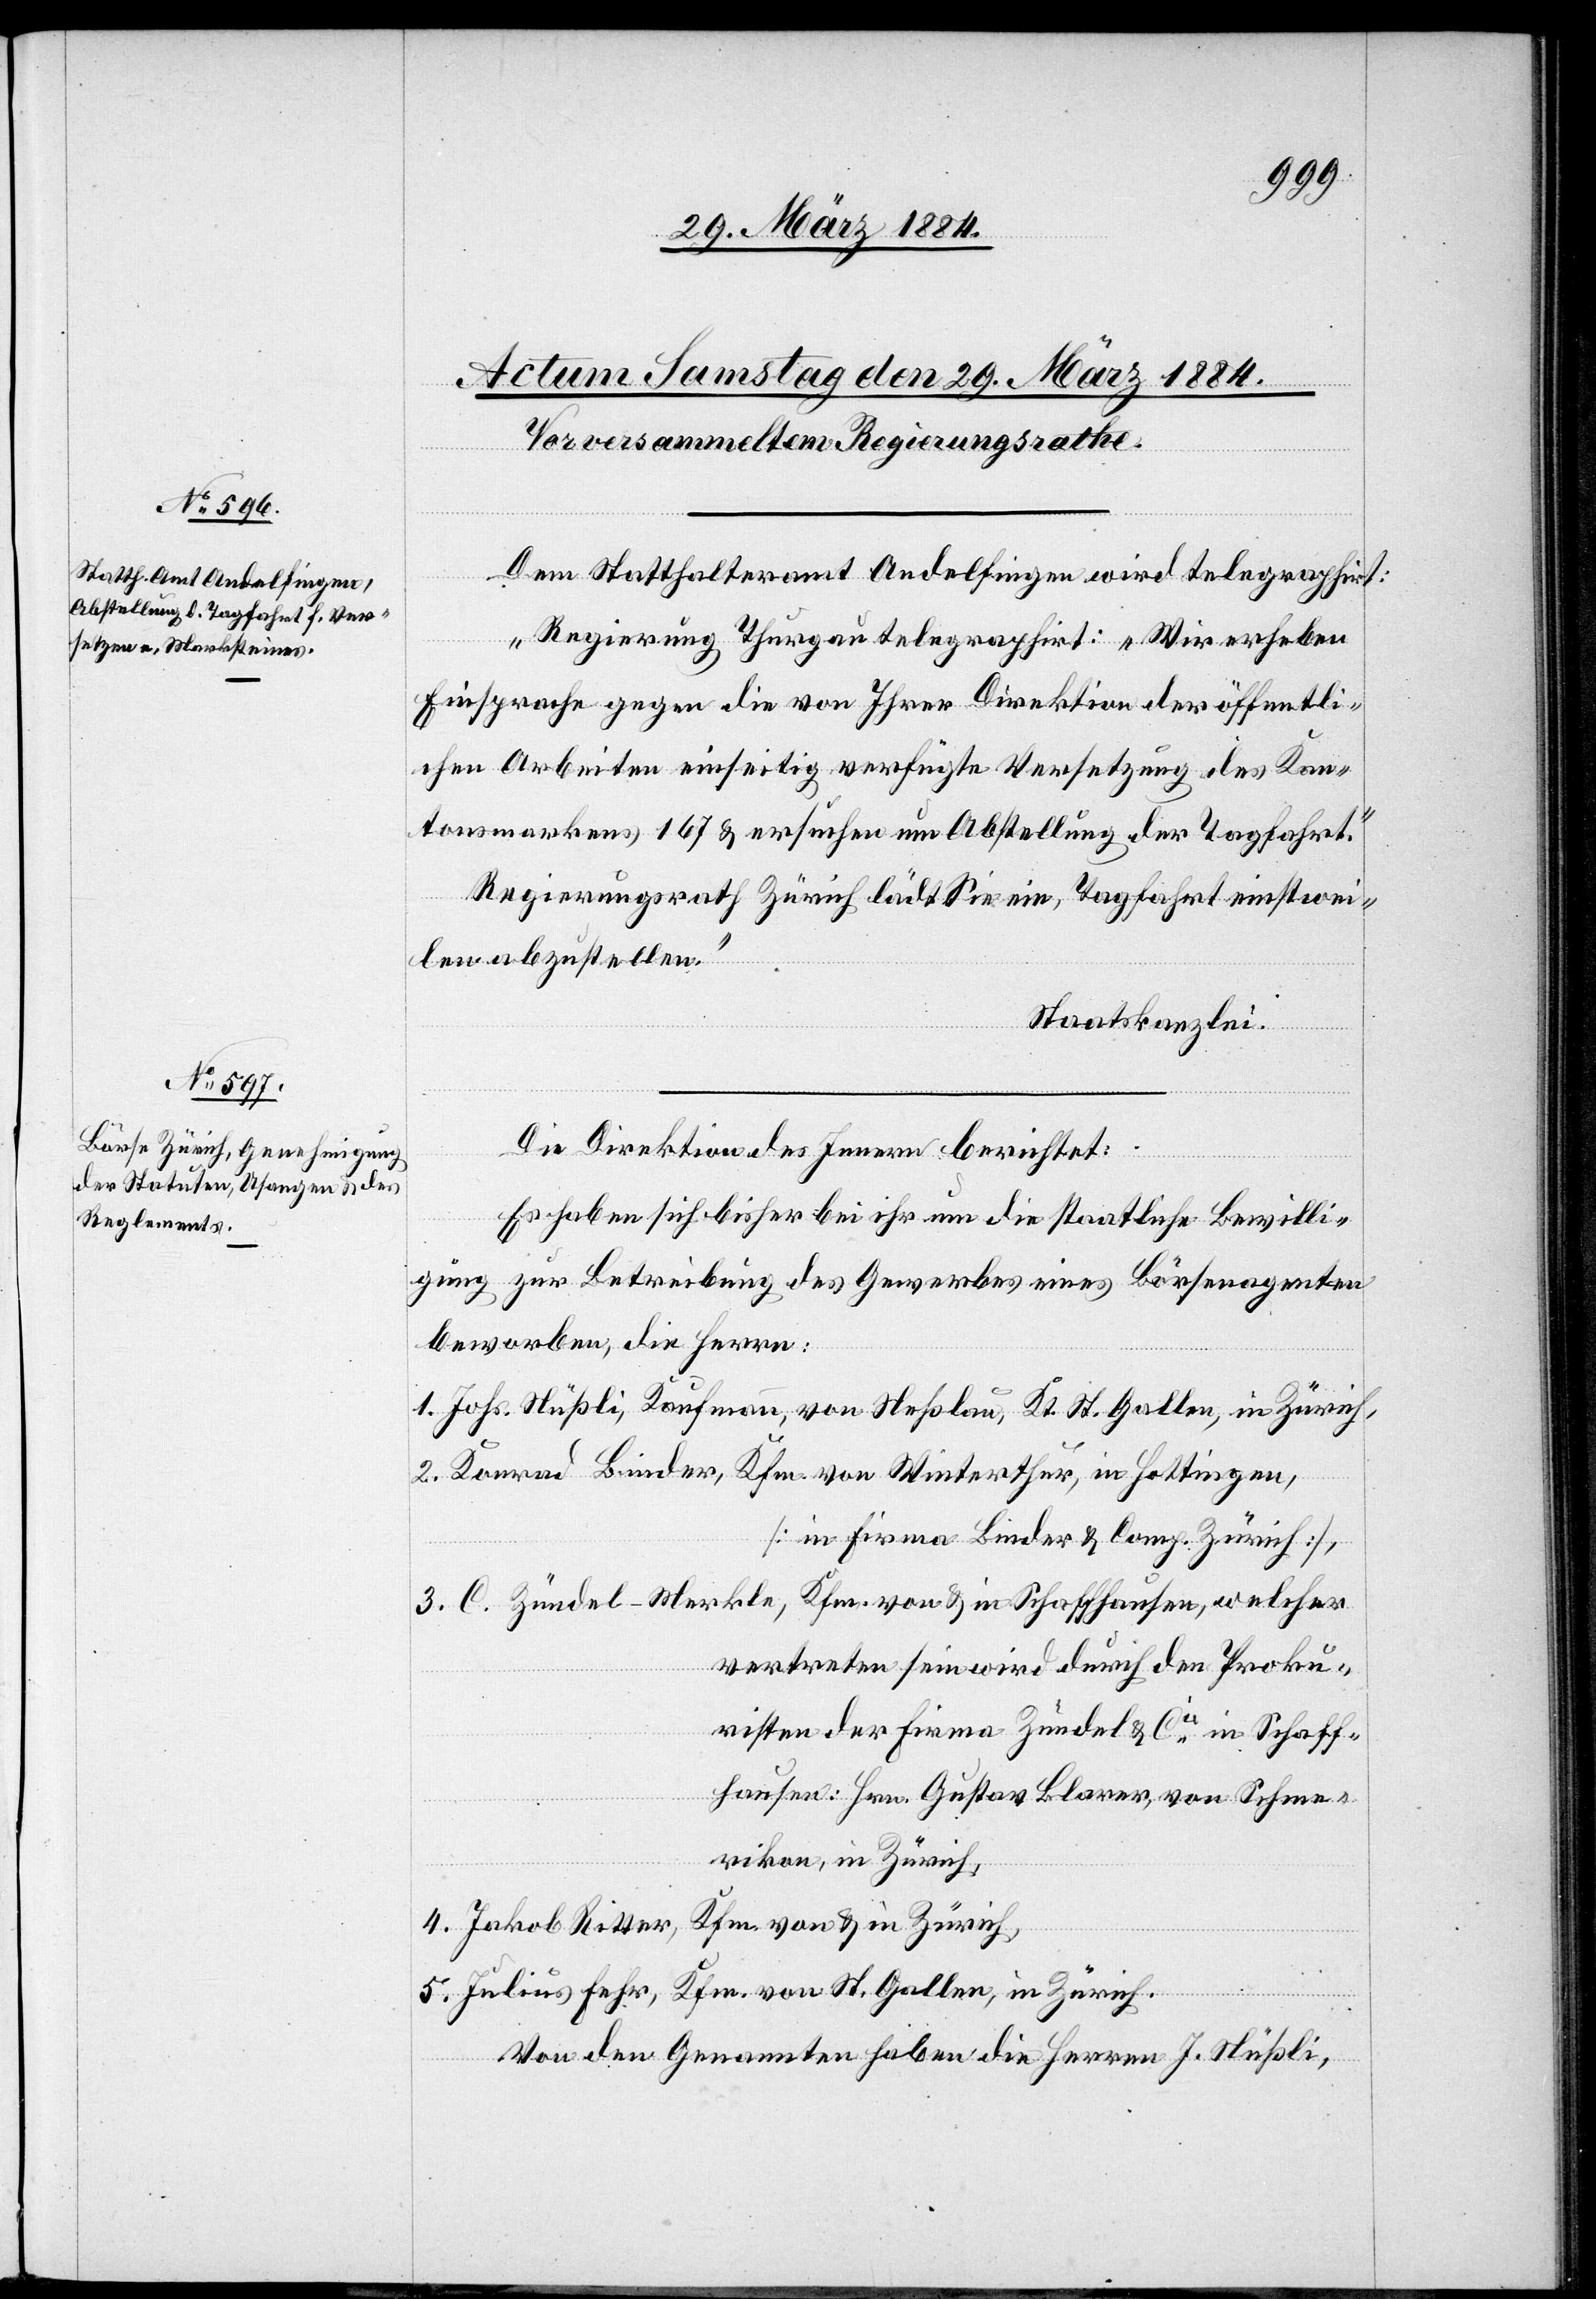
Dem Statthalteramt Andelfingen wird telegraphiert:
„Regierung Thurgau telegraphiert: „Wir erheben
Einsprache gegen die von Ihrer Direktion der öffentli¬
chen Arbeiten einseitig verfügte Versetzung des Kan¬
tonsmarkens 167 & ersuchen um Abstellung der Tagfahrt.“
Regierungsrath Zürich lädt Sie ein, Tagfahrt einstwei¬
len abzustellen.“
Staatskanzlei
Die Direktion des Innern berichtet:
Es haben sich bisher bei ihr um die staatliche Bewilli¬
gung zur Betreibung des Gewerbes eines Börsenagenten
beworben, die Herren:
1. Johs. Nüßli, Kaufmann, von Neßlau, Kt. St. Gallen, in Zürich,
2. Konrad Binder, Kfm. von Winterthur, in Hottingen,
[in Firma Binder & Comp. Zürich],
3. C. Zündel-Merkle, Kfm. von & in Schaffhausen, welcher
vertreten sein wird durch den Proku¬
risten der Firma Zündel & Cie in Schaff¬
hausen: Hrn. Gustav Blarer, von Schme¬
rikon, in Zürich,
4. Jakob Ritter, Kfm. von & in Zürich,
5. Julius Fehr, Kfm. von St. Gallen, in Zürich.
Von den Genannten haben die Herren J. Nüßli,